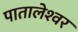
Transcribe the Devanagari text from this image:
पातालेश्‍वर